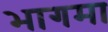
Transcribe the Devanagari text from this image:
भागमा